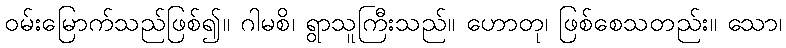
ဝမ်းမြောက်သည်ဖြစ်၍။ ဂါမစိ၊ ရွာသူကြီးသည်။ ဟောတု၊ ဖြစ်စေသတည်း။ သော၊